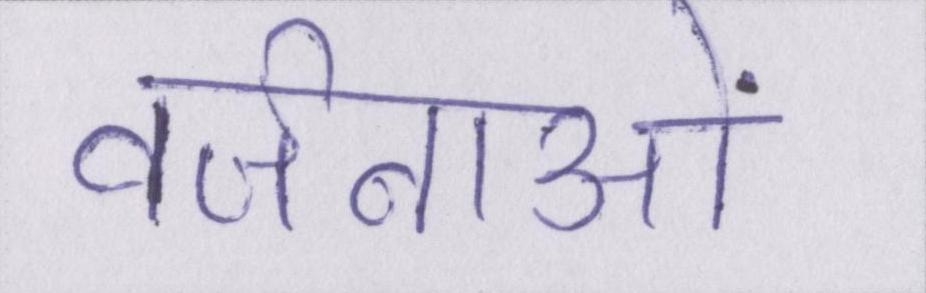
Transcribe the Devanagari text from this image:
वर्जनाओं